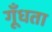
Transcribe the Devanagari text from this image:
गूँधता